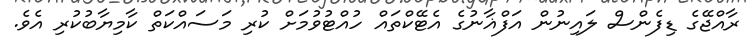
ރާއްޖޭގެ ޑިފެންސް ލައިނުން އަފްޣާނުގެ އެޓޭކްތައް ހުއްޓުވުމަށް ކުރި މަސައްކަތް ކާމިޔާބުކުރި އެވެ.